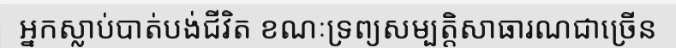
អ្នកស្លាប់បាត់បង់ជីវិត ខណៈទ្រព្យសម្បត្តិសាធារណជាច្រើន